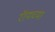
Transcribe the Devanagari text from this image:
रॉयच्या